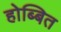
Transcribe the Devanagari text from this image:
होब्बित